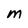
Character: m